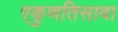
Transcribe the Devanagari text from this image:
एकुणतिसावा